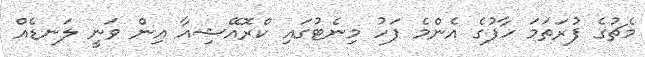
މެޗުގެ ފުރަތަމަ ހާފުގެ އެންމެ ފަހު މިނެޓުގައި ކްރޮއޭޝިއާ އިން ވަނީ ލަނޑެއް